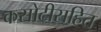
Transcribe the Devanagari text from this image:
कसोटीसहित